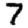
Digit: 7